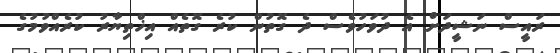
ރައީސް ނަޝީދަށް އެ ދުވަހުވެސް ދެ ގޮތުން ކުރެ ގޮތެއް އިޚްތިޔާރު ކުރެއްވުމުގެ